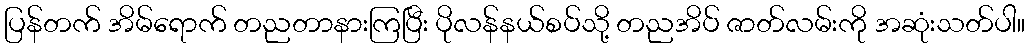
ပြန်တက် အိမ်ရောက် တညတာနားကြပြီး ပိုလန်နယ်စပ်သို့ တညအိပ် ဇာတ်လမ်းကို အဆုံးသတ်ပါ။